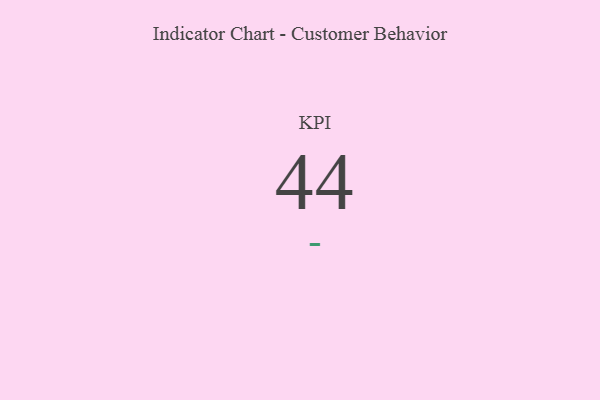
{"axis": {"x": "KPI", "y": "Value"}, "legend": [""], "data": [{"x": "KPI", "y": 44, "type": ""}]}